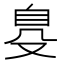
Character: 𦤂